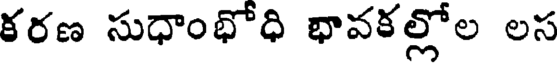
కరణ సుధాంభోధి భావకల్లోల లస